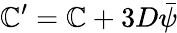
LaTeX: \mathbb{C}^{\prime}=\mathbb{C}+3D\bar{{\psi}}